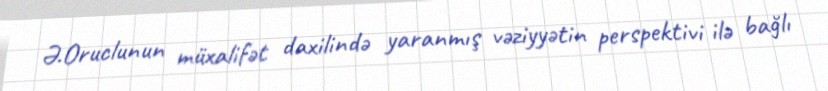
Ə.Oruclunun müxalifət daxilində yaranmış vəziyyətin perspektivi ilə bağlı